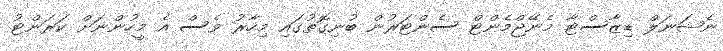
ނެޝަނަލް ޑިޒާސްޓާ މެނޭޖްމެންޓް ސެންޓަރުން ބުނިގޮތުގައި މިހާރު ވެސް އެ މީހުންނަށް ކަރަންޓު